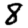
Digit: 8